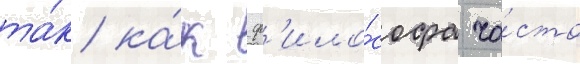
та́к ка́к ф'ило́софа ча́сто